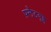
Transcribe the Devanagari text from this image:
फ़्लैटवुड्स